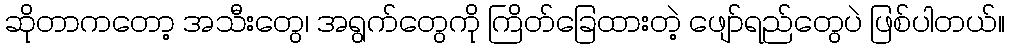
ဆိုတာကတော့ အသီးတွေ၊ အရွက်တွေကို ကြိတ်ခြေထားတဲ့ ဖျော်ရည်တွေပဲ ဖြစ်ပါတယ်။